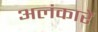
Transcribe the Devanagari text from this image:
अलंकारें